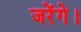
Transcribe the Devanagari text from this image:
जरेंगे।